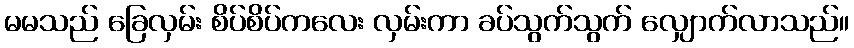
မမသည် ခြေလှမ်း စိပ်စိပ်ကလေး လှမ်းကာ ခပ်သွက်သွက် လျှောက်လာသည်။